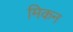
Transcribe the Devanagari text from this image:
मिकन